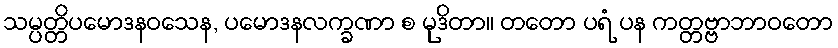
သမ္ပတ္တိပမောဒနဝသေန, ပမောဒနလက္ခဏာ စ မုဒိတာ။ တတော ပရံ ပန ကတ္တဗ္ဗာဘာဝတော